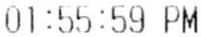
01:55:59 PM